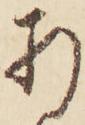
折